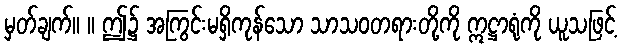
မှတ်ချက်။ ။ ဤ၌ အကြွင်းမရှိကုန်သော သာသဝတရားတို့ကို ဣဋ္ဌာရုံကို ယူသဖြင့်